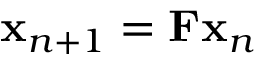
{ \bf x } _ { n + 1 } = { \bf F } { \bf x } _ { n }